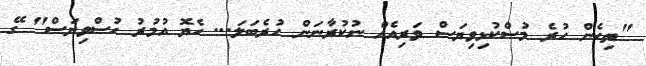
"ތިހެން ހުރެ މުސްކުޅިވިޔަސް ވަރިއެއް ނުކުރާނަން ހުރެބަލަ... ހެޔޮ އުމުރު ހުސްވިޔަސް" ގޭ